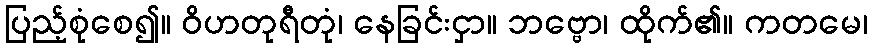
ပြည့်စုံစေ၍။ ဝိဟတုရီတုံ၊ နေခြင်းငှာ။ ဘဗ္ဗော၊ ထိုက်၏။ ကတမေ၊